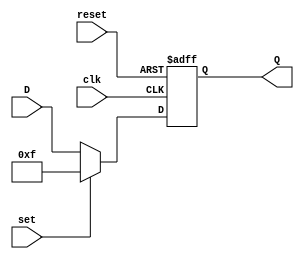
//Ejercicio 5
//Flip flop tipo D

module FlipF(input wire clk, reset, set,
            input wire [3:0]D,
            output reg [3:0]Q);


always @ (posedge clk or posedge reset)begin
  if (reset) begin
      Q <= 4'b0;

  end
  else if (set) begin
  Q <= 4'b1111;
  end

  else 
      Q <= D;
  end

endmodule